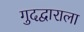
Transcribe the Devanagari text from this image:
गुदद्वाराला